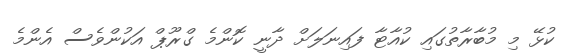
ކުޅޭ މި މުބާރާތުގައި ކުއާޓާ ފައިނަލަށް ދާނީ ކޮންމެ ގްރޫޕް އަކުންވެސް އެންމެ